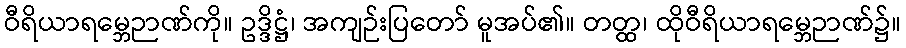
ဝီရိယာရမ္ဘေဉာဏ်ကို။ ဥဒ္ဒိဋ္ဌံ၊ အကျဉ်းပြတော် မူအပ်၏။ တတ္ထ၊ ထိုဝီရိယာရမ္ဘေဉာဏ်၌။